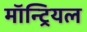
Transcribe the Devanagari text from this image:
माॅन्ट्रियल